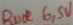
Text: BUCK 6,5V